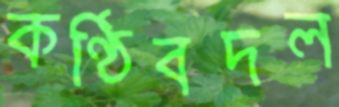
কণ্ঠিবদল